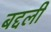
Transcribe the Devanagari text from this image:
बद्दली